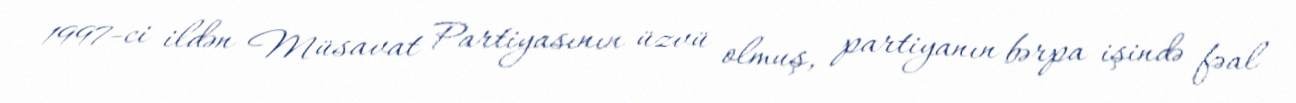
1997-ci ildən Müsavat Partiyasının üzvü olmuş, partiyanın bərpa işində fəal